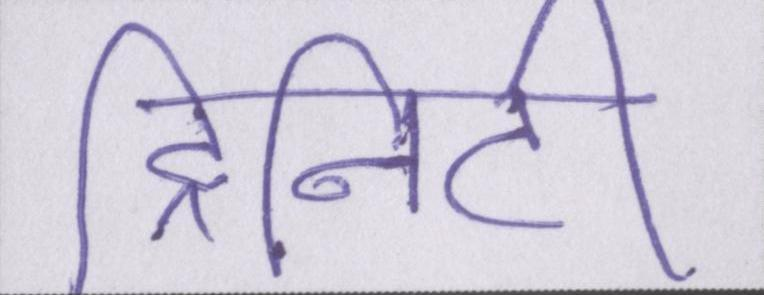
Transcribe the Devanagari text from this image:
ट्रिनिटी